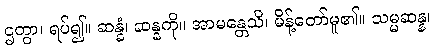
ဌတွာ၊ ရပ်၍။ ဆန္နံ၊ ဆန္နကို။ အာမန္တေသိ၊ မိန့်တော်မူ၏။ သမ္မဆန္န၊